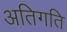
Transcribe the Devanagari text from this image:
अतिगति